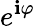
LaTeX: e^{\mathbf{i}\varphi}